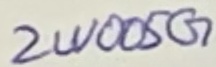
Text: 2W005G